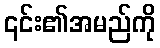
၎င်း၏အမည်ကို